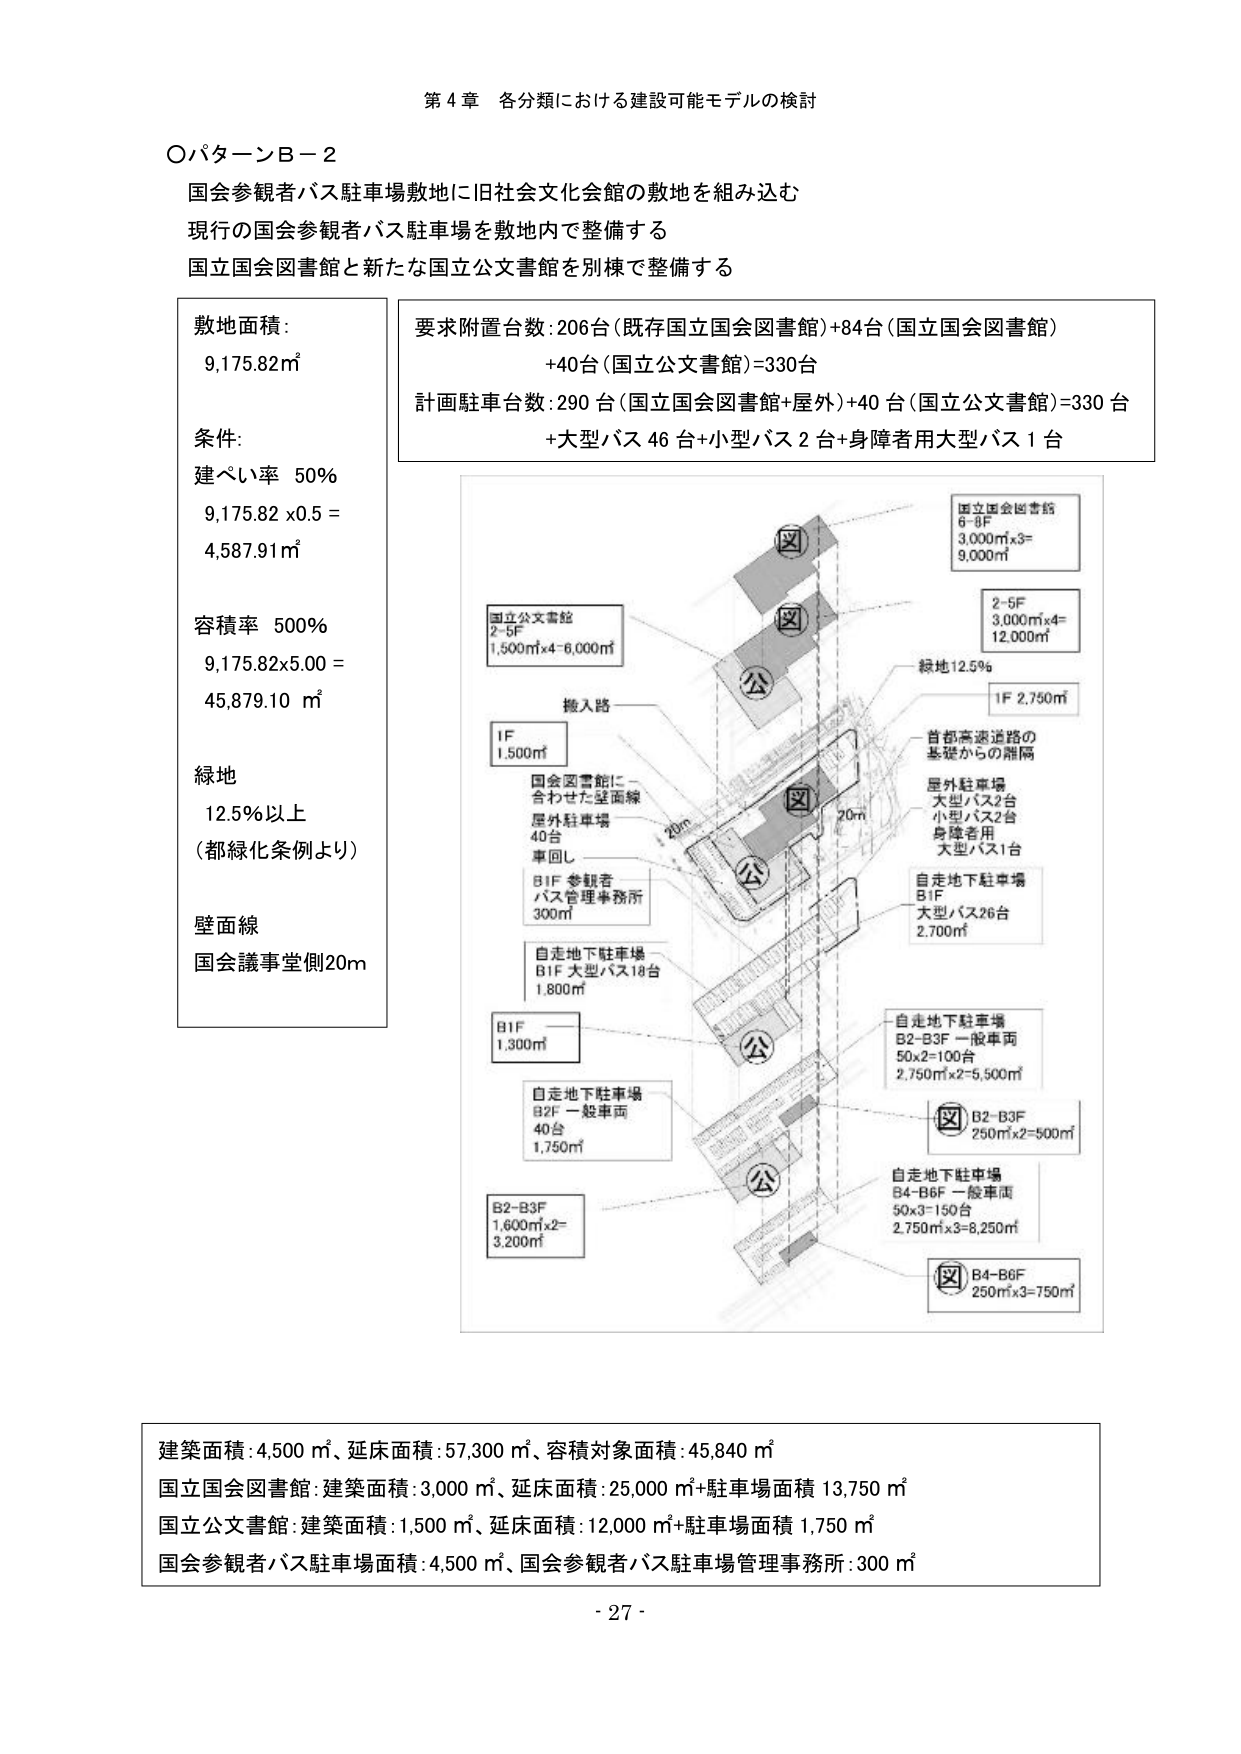
第４章 各分類における建設可能モデルの検討

○パターンＢ－２
国会参観者バス駐車場敷地に旧社会文化会館の敷地を組み込む
現行の国会参観者バス駐車場を敷地内で整備する
国立国会図書館と新たな国立公文書館を別棟で整備する

敷地面積：
9,175.82㎡

条件：
建ぺい率 50％
9,175.82 x 0.5 =
4,587.91㎡

容積率 500％
9,175.82x5.00 =
45,879.10 ㎡

緑地
12.5％以上
（都緑化条例より）

壁面線
国会議事堂側20m

要求附置台数：206台（既存国立国会図書館）+84台（国立国会図書館）
+40台（国立公文書館）=330台

計画駐車台数：290 台（国立国会図書館+屋外）+40 台（国立公文書館）=330 台
+大型バス 46 台+小型バス 2 台+身障者用大型バス 1 台

国立国会図書館
6-8F
3,000㎡x3=
9,000㎡

2-5F
3,000㎡x4=
12,000㎡

緑地12.5％

1F 2,750㎡

首都高速道路の
基礎からの離隔

屋外駐車場
大型バス2台
小型バス2台
身障者用
大型バス1台

自走地下駐車場
B1F
大型バス26台
2,700㎡

国立公文書館
2-5F
1,500㎡x4=6,000㎡

搬入路

1F
1,500㎡

国会図書館に
合わせた壁面線
屋外駐車場
40台
車回し

B1F 参観者
バス管理事務所
300㎡

自走地下駐車場
B1F 大型バス18台
1,800㎡

B1F
1,300㎡

自走地下駐車場
B2F 一般車両
40台
1,750㎡

B2-B3F
1,600㎡x2=
3,200㎡

自走地下駐車場
B2-B3F 一般車両
50x2=100台
2,750㎡x2=5,500㎡

B2-B3F
250㎡x2=500㎡

自走地下駐車場
B4-B6F 一般車両
50x3=150台
2,750㎡x3=8,250㎡

B4-B6F
250㎡x3=750㎡

建築面積：4,500 ㎡、延床面積：57,300 ㎡、容積対象面積：45,840 ㎡
国立国会図書館：建築面積：3,000 ㎡、延床面積：25,000 ㎡+駐車場面積 13,750 ㎡
国立公文書館：建築面積：1,500 ㎡、延床面積：12,000 ㎡+駐車場面積 1,750 ㎡
国会参観者バス駐車場面積：4,500 ㎡、国会参観者バス駐車場管理事務所：300 ㎡

- 27 -